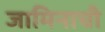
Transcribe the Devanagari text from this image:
जामिनाची